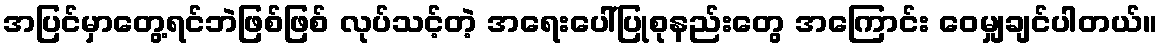
အပြင်မှာတွေ့ရင်ဘဲဖြစ်ဖြစ် လုပ်သင့်တဲ့ အရေးပေါ်ပြုစုနည်းတွေ အကြောင်း ဝေမျှချင်ပါတယ်။